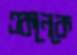
একনেকে